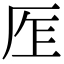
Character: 𠩎